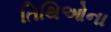
તિથિઓના